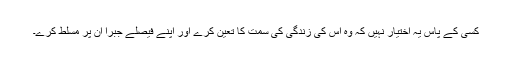
کسی کے پاس یہ اختیار نہیں کہ وہ اس کی زندگی کی سمت کا تعین کرے اور اپنے فیصلے جبرا ان پر مسلط کرے۔